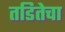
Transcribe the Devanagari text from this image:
तडितेचा